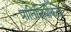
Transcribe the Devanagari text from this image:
प्रातिनिधीकता